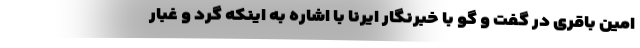
امین باقری در گفت و گو با خبرنگار ایرنا با اشاره به اینکه گرد و غبار